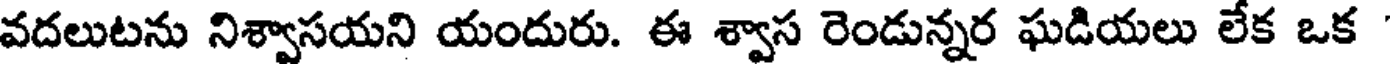
వదలుటను నిశ్వాసయని యందురు. ఈ శ్వాస రెండున్నర ఘడియలు లేక ఒక